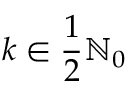
k \in \frac 1 2 \ensuremath { \mathbb { N } } _ { 0 }